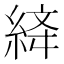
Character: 𦀮